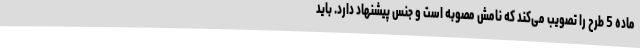
ماده 5 طرح را تصویب می‌کند که نامش مصوبه است و جنس پیشنهاد دارد. باید